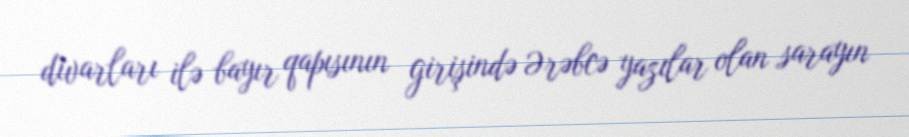
divarları ilə bayır qapısının girişində Ərəbcə yazılar olan sarayın